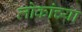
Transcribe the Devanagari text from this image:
लोकांच्‍या